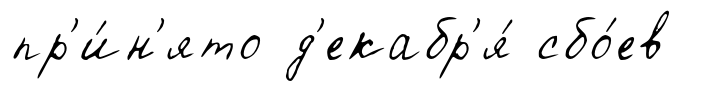
пр'и́н'ято д'екабр'я́ сбо́ев